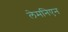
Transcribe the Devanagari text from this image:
लेमनिएन